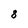
Character: 8